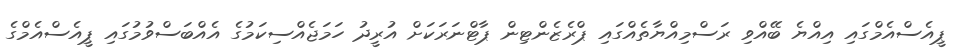
ޕީއެސްއެމްގައި އިއްޔެ ބޭއްވި ރަސްމިއްޔާތެއްގައި ޕްރެޒެންޓިން ޕާޓްނަރަކަށް އުރީދު ހަމަޖެއްސިކަމުގެ އެއްބަސްވުމުގައި ޕީއެސްއެމްގެ